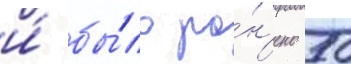
и́ бы́ло ра́н'ено 50